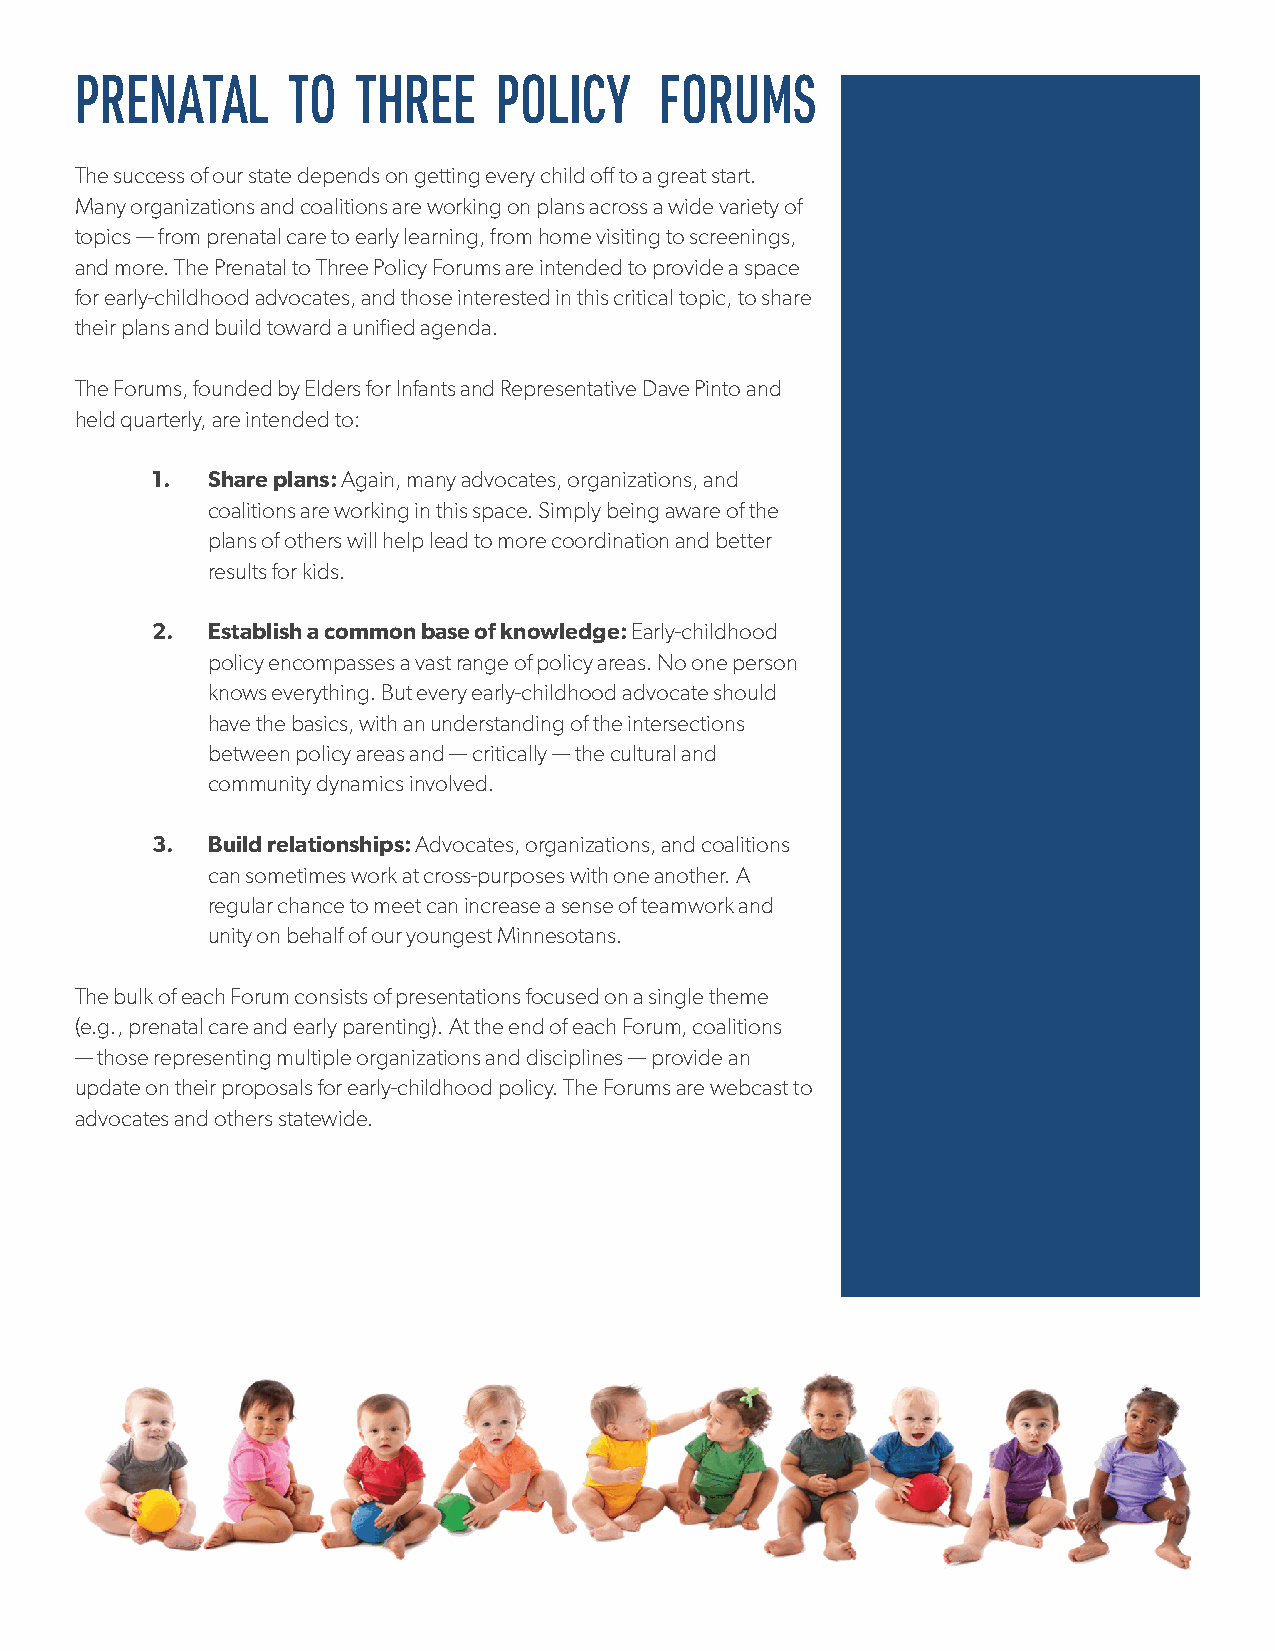
PRENATAL      TO   THREE    POLICY     FORUMS
 The success of our state depends on getting every child off to a great start.
 Many organizations and coalitions are working on plans across a wide variety of
 topics — from prenatal care to early learning, from home visiting to screenings,
 and more. The Prenatal to Three Policy Forums are intended to provide a space
 for early-childhood advocates, and those interested in this critical topic, to share
 their plans and build toward a unified agenda.
 The Forums, founded by Elders for Infants and Representative Dave Pinto and
 held quarterly, are intended to:
 1.  Share plans: Again, many advocates, organizations, and
 coalitions are working in this space. Simply being aware of the
 plans of others will help lead to more coordination and better
 results for kids.
 2.  Establish a common base of knowledge: Early-childhood
 policy encompasses a vast range of policy areas. No one person
 knows everything. But every early-childhood advocate should
 have the basics, with an understanding of the intersections
 between policy areas and — critically — the cultural and
 community dynamics involved.
 3.  Build relationships: Advocates, organizations, and coalitions
 can sometimes work at cross-purposes with one another. A
 regular chance to meet can increase a sense of teamwork and
 unity on behalf of our youngest Minnesotans.
 The bulk of each Forum consists of presentations focused on a single theme
 (e.g., prenatal care and early parenting). At the end of each Forum, coalitions
 — those representing multiple organizations and disciplines — provide an
 update on their proposals for early-childhood policy. The Forums are webcast to
 advocates and others statewide.